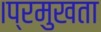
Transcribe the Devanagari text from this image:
।प्रमुखता